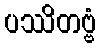
ပဿိတဗ္ဗံ